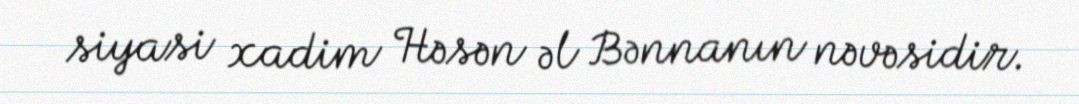
siyasi xadim Həsən əl Bənnanın nəvəsidir.